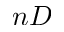
n D